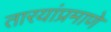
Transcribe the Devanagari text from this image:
तारयांप्रमाणे